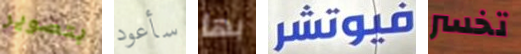
بتصوير سأعود بها فيوتشر تخسر